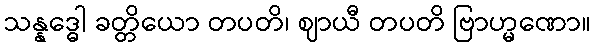
သန္နဒ္ဓေါ ခတ္တိယော တပတိ၊ ဈာယီ တပတိ ဗြာဟ္မဏော။